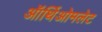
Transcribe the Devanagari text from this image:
ऑर्थिओमलेट